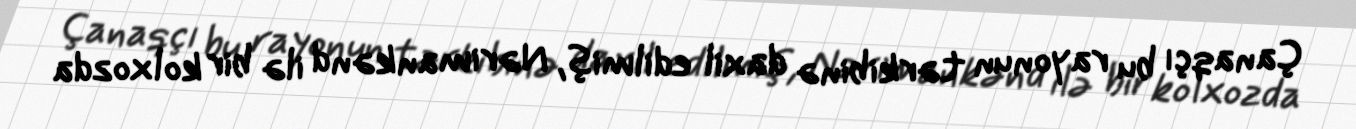
Çanaqçı bu rayonun tərkibinə daxil edilmiş, Nərimankənd ilə bir kolxozda